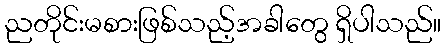
ညတိုင်းမစားဖြစ်သည့်အခါတွေ ရှိပါသည်။